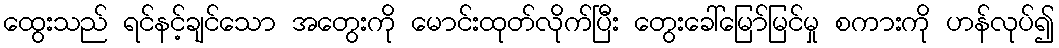
ထွေးသည် ရင်နင့်ချင်သော အတွေးကို မောင်းထုတ်လိုက်ပြီး တွေးခေါ်မြော်မြင်မှု စကားကို ဟန်လုပ်၍